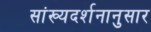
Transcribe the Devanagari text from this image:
सांख्यदर्शनानुसार